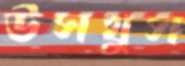
উসখুস